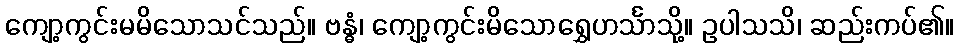
ကျော့ကွင်းမမိသောသင်သည်။ ဗန္ဓံ၊ ကျော့ကွင်းမိသောရွှေဟင်္သာသို့။ ဥပါသသိ၊ ဆည်းကပ်၏။